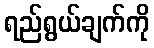
ရည်ရွယ်ချက်ကို